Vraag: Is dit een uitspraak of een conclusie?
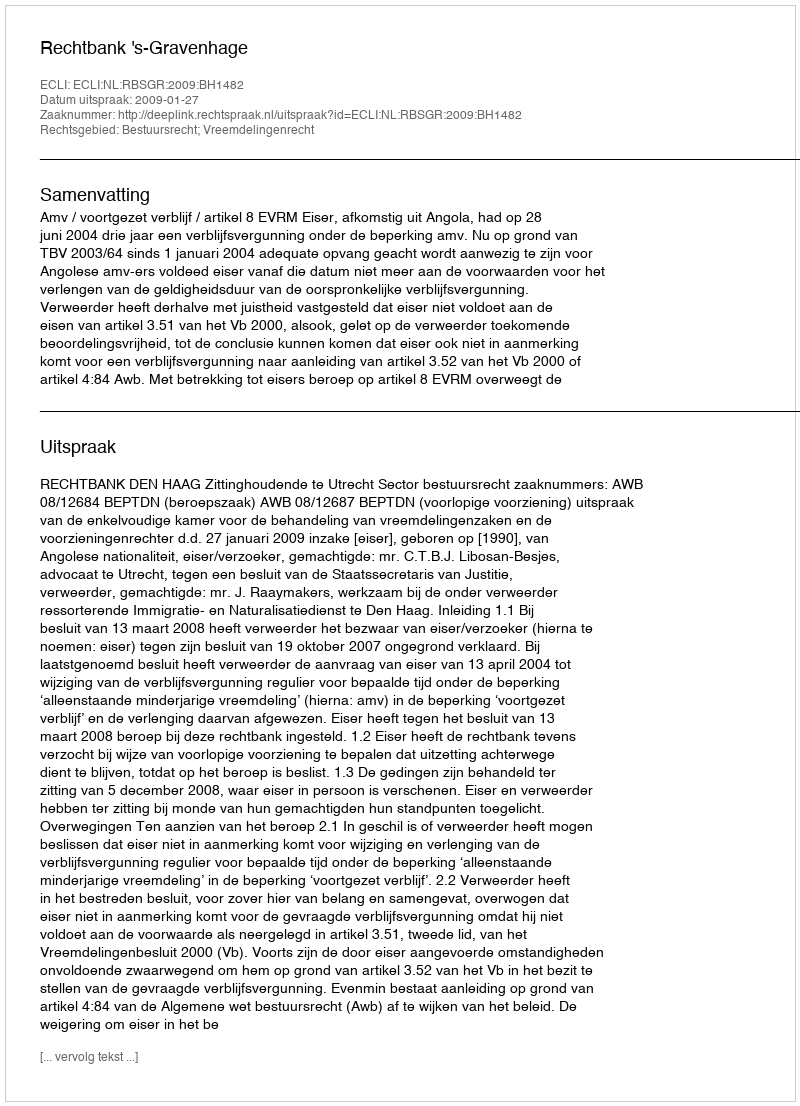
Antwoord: Uitspraak